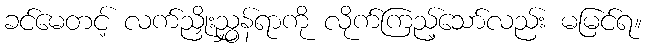
ခင်မေတင့် လက်ညှိုးညွှန်ရာကို လိုက်ကြည့်သော်လည်း မမြင်ရ။